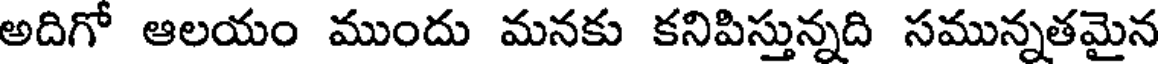
అదిగో ఆలయం ముందు మనకు కనిపిస్తున్నది సమున్నతమైన